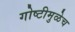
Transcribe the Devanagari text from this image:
गोष्टीमुळेच